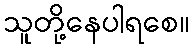
သူတို့နေပါရစေ။